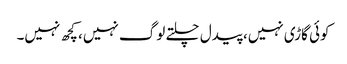
کوئی گاڑی نہیں، پیدل چلتے لوگ نہیں، کچھ نہیں۔